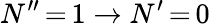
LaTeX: N^{\prime\prime}\, {=}\, 1\rightarrow N^{\prime}\, {=}\, 0